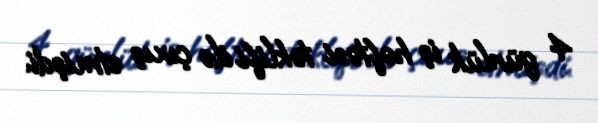
4 günlük iş həftəsi təklifi ilə çıxış etmişdi.